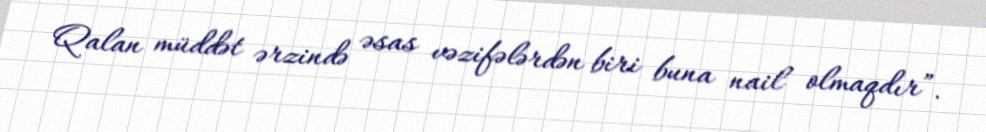
Qalan müddət ərzində əsas vəzifələrdən biri buna nail olmaqdır”.